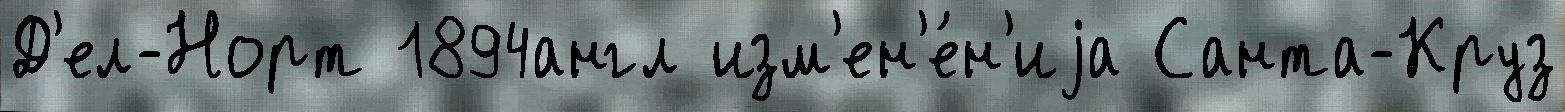
Д'ел-Норт 1894англ изм'ен'е́н'иjа Санта-Круз